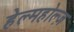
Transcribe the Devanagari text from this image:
हेल्महोल्ज़